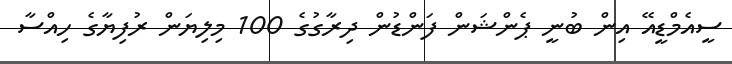
ސީއެމްޑީއޭ އިން ބުނީ ޕެންޝަން ފަންޑުން ދިރާގުގެ 100 މިލިޔަން ރުފިޔާގެ ހިއްސާ